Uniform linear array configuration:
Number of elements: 4
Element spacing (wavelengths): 0.25
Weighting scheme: cosine
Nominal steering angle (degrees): -30
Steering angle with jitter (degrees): -31.187
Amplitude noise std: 0.05
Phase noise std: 0.05

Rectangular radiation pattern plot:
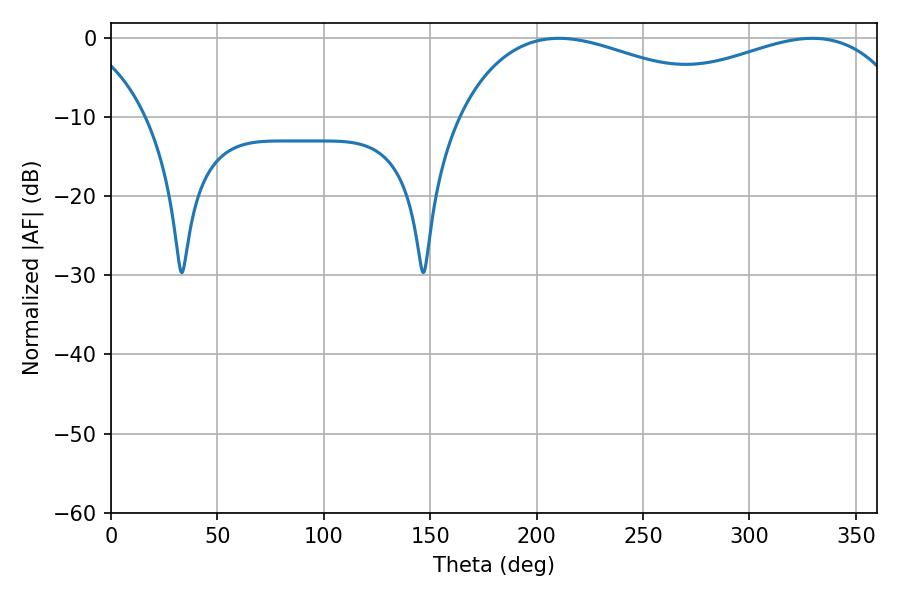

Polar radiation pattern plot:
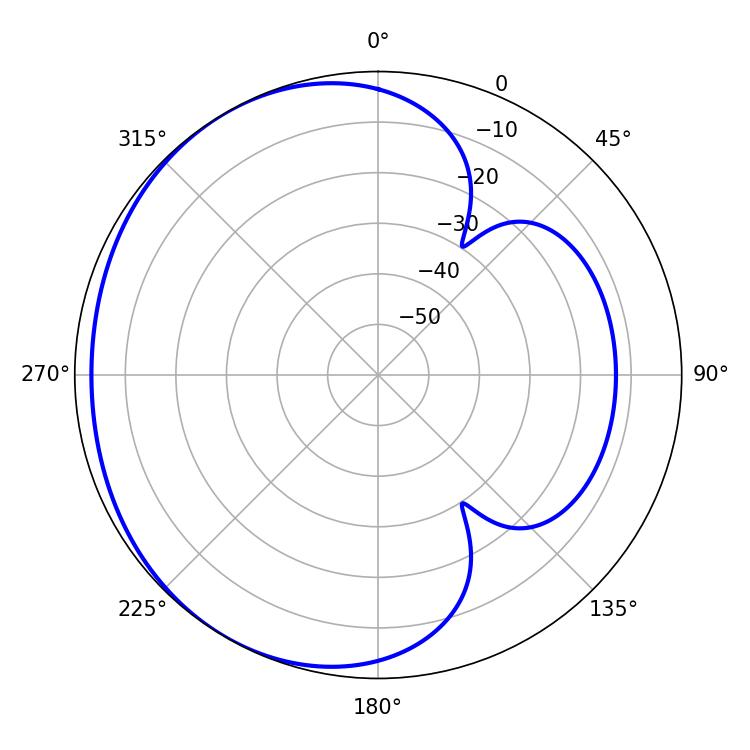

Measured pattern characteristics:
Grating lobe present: FALSE
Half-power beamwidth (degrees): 76.5
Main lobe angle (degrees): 210.42